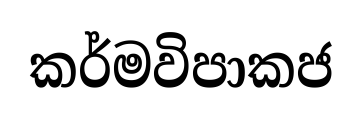
කර්මවිපාකජ